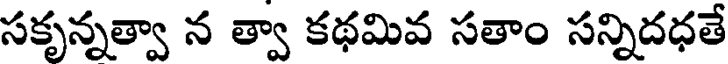
సకృన్నత్వా న త్వా కథమివ సతాం సన్నిదధతే